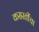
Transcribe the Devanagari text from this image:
कसरतींचा